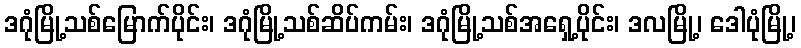
ဒဂုံမြို့သစ်မြောက်ပိုင်း၊ ဒဂုံမြို့သစ်ဆိပ်ကမ်း၊ ဒဂုံမြို့သစ်အရှေ့ပိုင်း၊ ဒလမြို့၊ ဒေါပုံမြို့၊